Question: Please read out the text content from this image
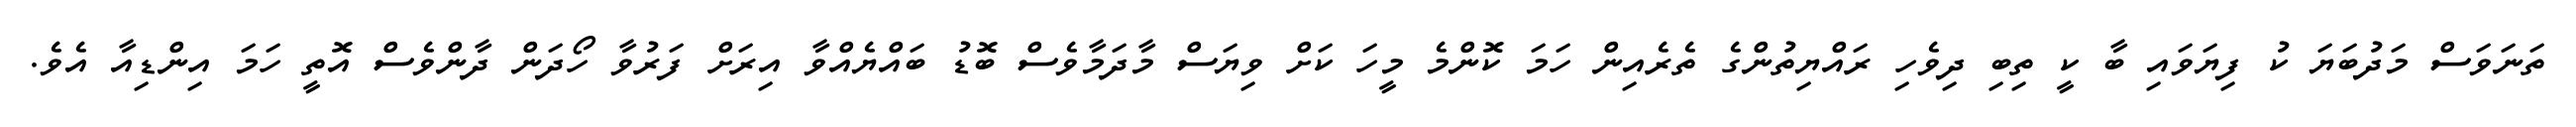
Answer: ތަނަވަސް މަދުބަޔަ ކު ފިޔަވައި ބާ ކީ ތިބި ދިވެހި ރައްޔިތުންގެ ތެރެއިން ހަމަ ކޮންމެ މީހަ ކަށް ވިޔަސް މާދަމާވެސް ބޮޑު ބައްޔެއްވާ އިރަށް ފަރުވާ ހޯދަން ދާންވެސް އޮތީ ހަމަ އިންޑިއާ އެވެ.